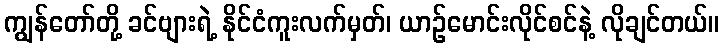
ကျွန်တော်တို့ ခင်ဗျားရဲ့ နိုင်ငံကူးလက်မှတ်၊ ယာဉ်မောင်းလိုင်စင်နဲ့ လိုချင်တယ်။